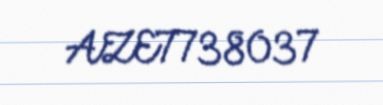
AZE7738037